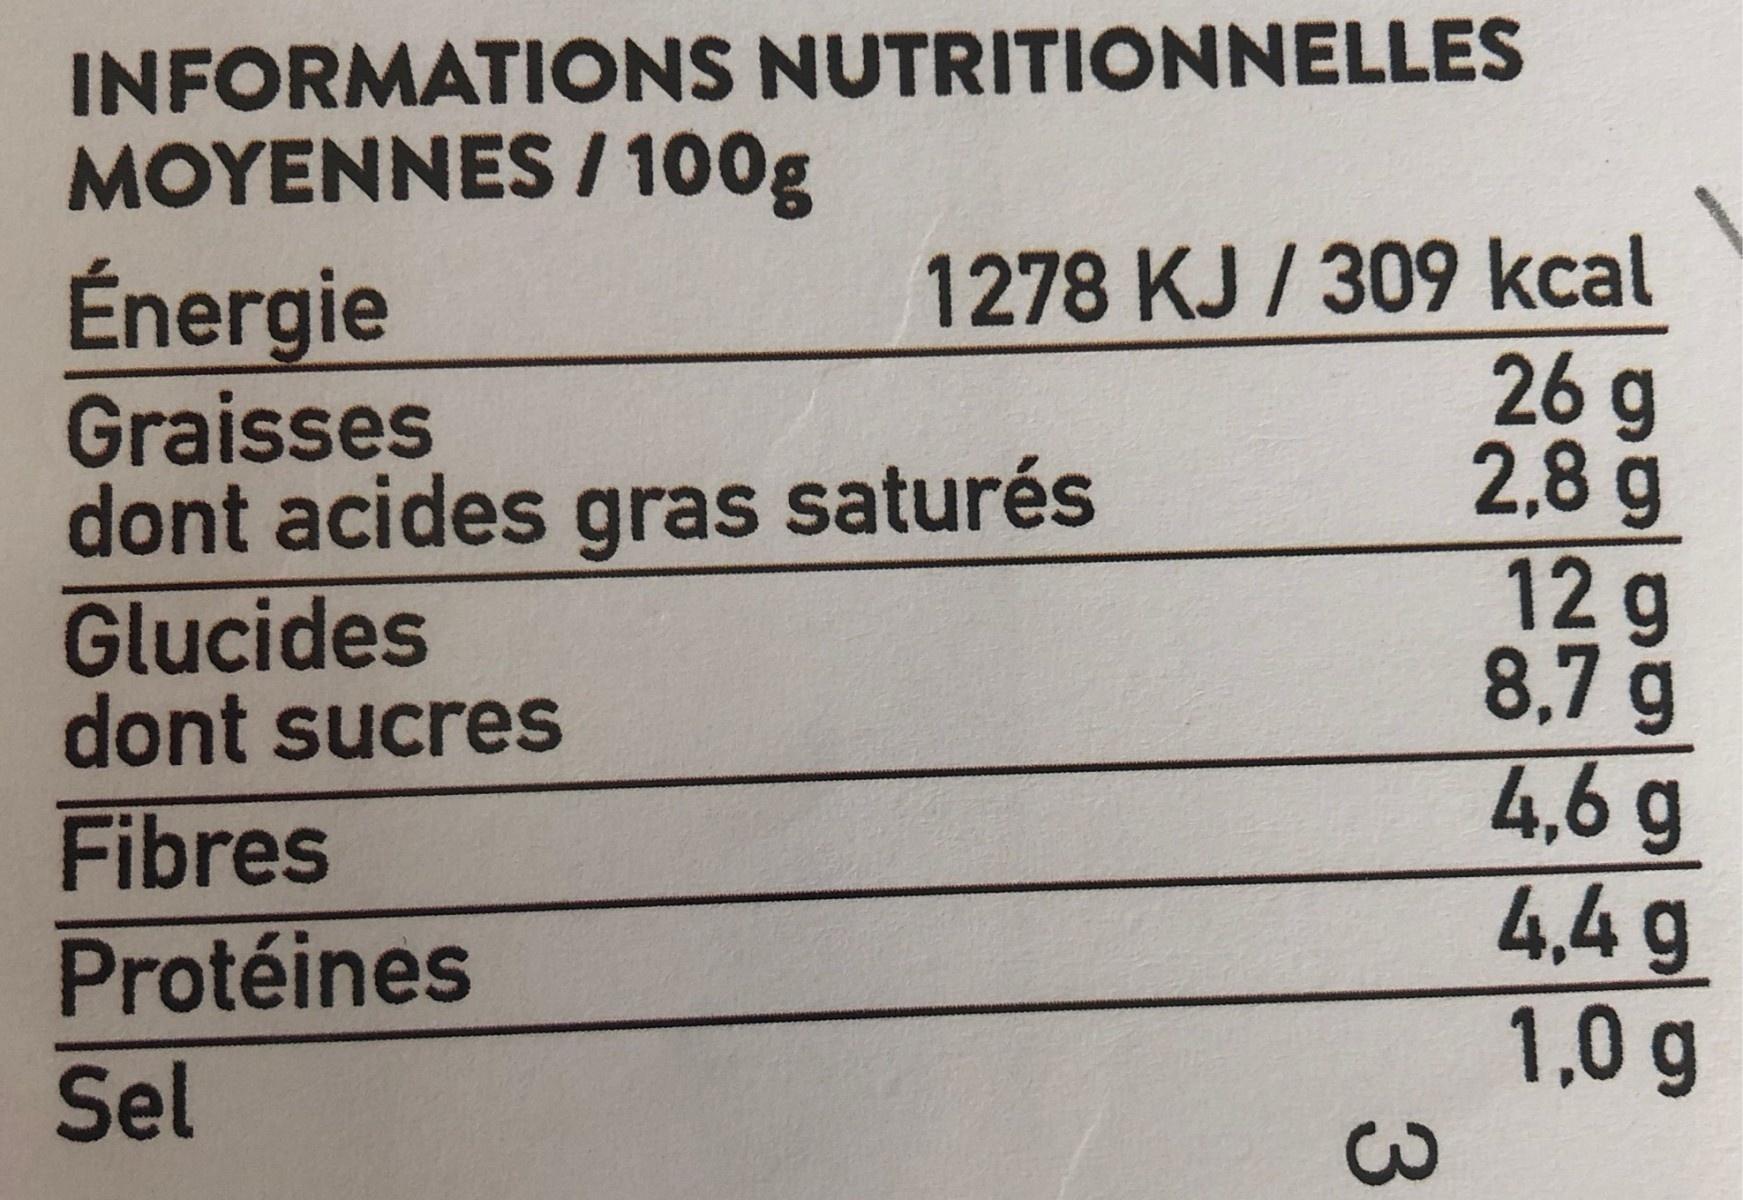
INFORMATIONS NUTRITIONNELLES MOYENNES /100g
1278 KJ / 309 kcal 26 g 2,8 g 12g 8.7 g 4,6 g 4,4 g 1,0g
Énergie
Graisses dont acides gras saturés Glucides dont sucres
Fibres Protéines
Sel
C3